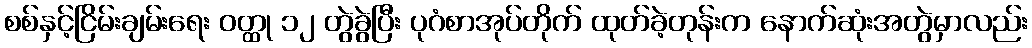
စစ်နှင့်ငြိမ်းချမ်းရေး ဝတ္ထု ၁၂ တွဲခွဲပြီး ပုဂံစာအုပ်တိုက် ထုတ်ခဲ့တုန်းက နောက်ဆုံးအတွဲမှာလည်း